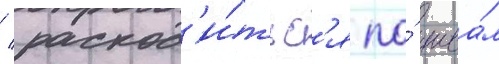
/ расход'и́тьс'я по́ шва́м